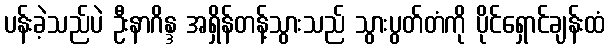
ပန်းခဲ့သည်ပဲ ဦးနာဂိန္ဒ အရှိန်တန့်သွားသည် သွားပွတ်တံကို ပိုင်ရှောင်ချန်းထံ